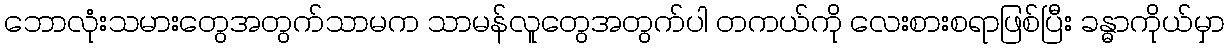
ဘောလုံးသမားတွေအတွက်သာမက သာမန်လူတွေအတွက်ပါ တကယ်ကို လေးစားစရာဖြစ်ပြီး ခန္ဓာကိုယ်မှာ